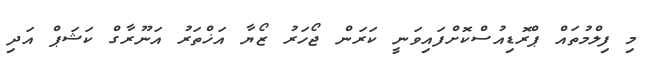
މި ފިލްމުތައް ޕްރޮޑިއުސްކޮށްފައިވަނީ ކަރަން ޖޯހަރު ޒޯޔާ އަޚްތަރު އަނޫރާގް ކަޝަޕް އަދި